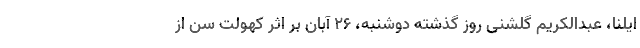
ایلنا، عبدالکریم گلشنی روز گذشته دوشنبه، ۲۶ آبان بر اثر کهولت سن از